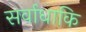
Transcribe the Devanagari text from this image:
सर्वाधाकि